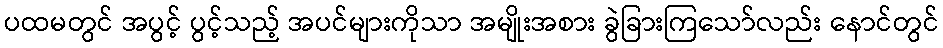
ပထမတွင် အပွင့် ပွင့်သည့် အပင်များကိုသာ အမျိုးအစား ခွဲခြားကြသော်လည်း နောင်တွင်